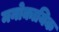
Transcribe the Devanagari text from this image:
मनोकायिक